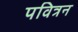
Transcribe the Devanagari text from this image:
पवित्रन